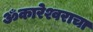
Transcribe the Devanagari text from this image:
ॐकारेश्वराचा